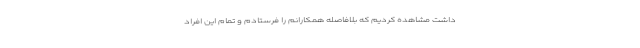
داشت مشاهده کردیم که بلافاصله همکارانم را فرستادم و تمام این افراد